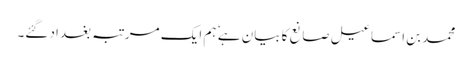
محمد بن اسماعیل صانع کا بیان ہے ٗ ہم ایک مرتبہ بغداد گئے۔